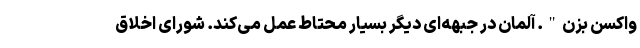
واکسن بزن". آلمان در جبهه‌ای دیگر بسیار محتاط عمل می‌کند. شورای اخلاق